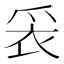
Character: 𬋧